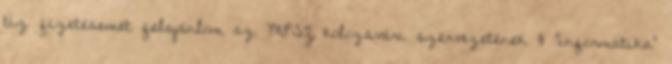
tíz fizetésemet felajánlom az MPSZ kolozsvári szervezetének 8 "informatika"